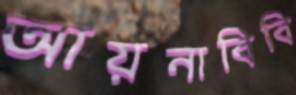
আয়নাবিবি